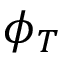
\phi _ { T }